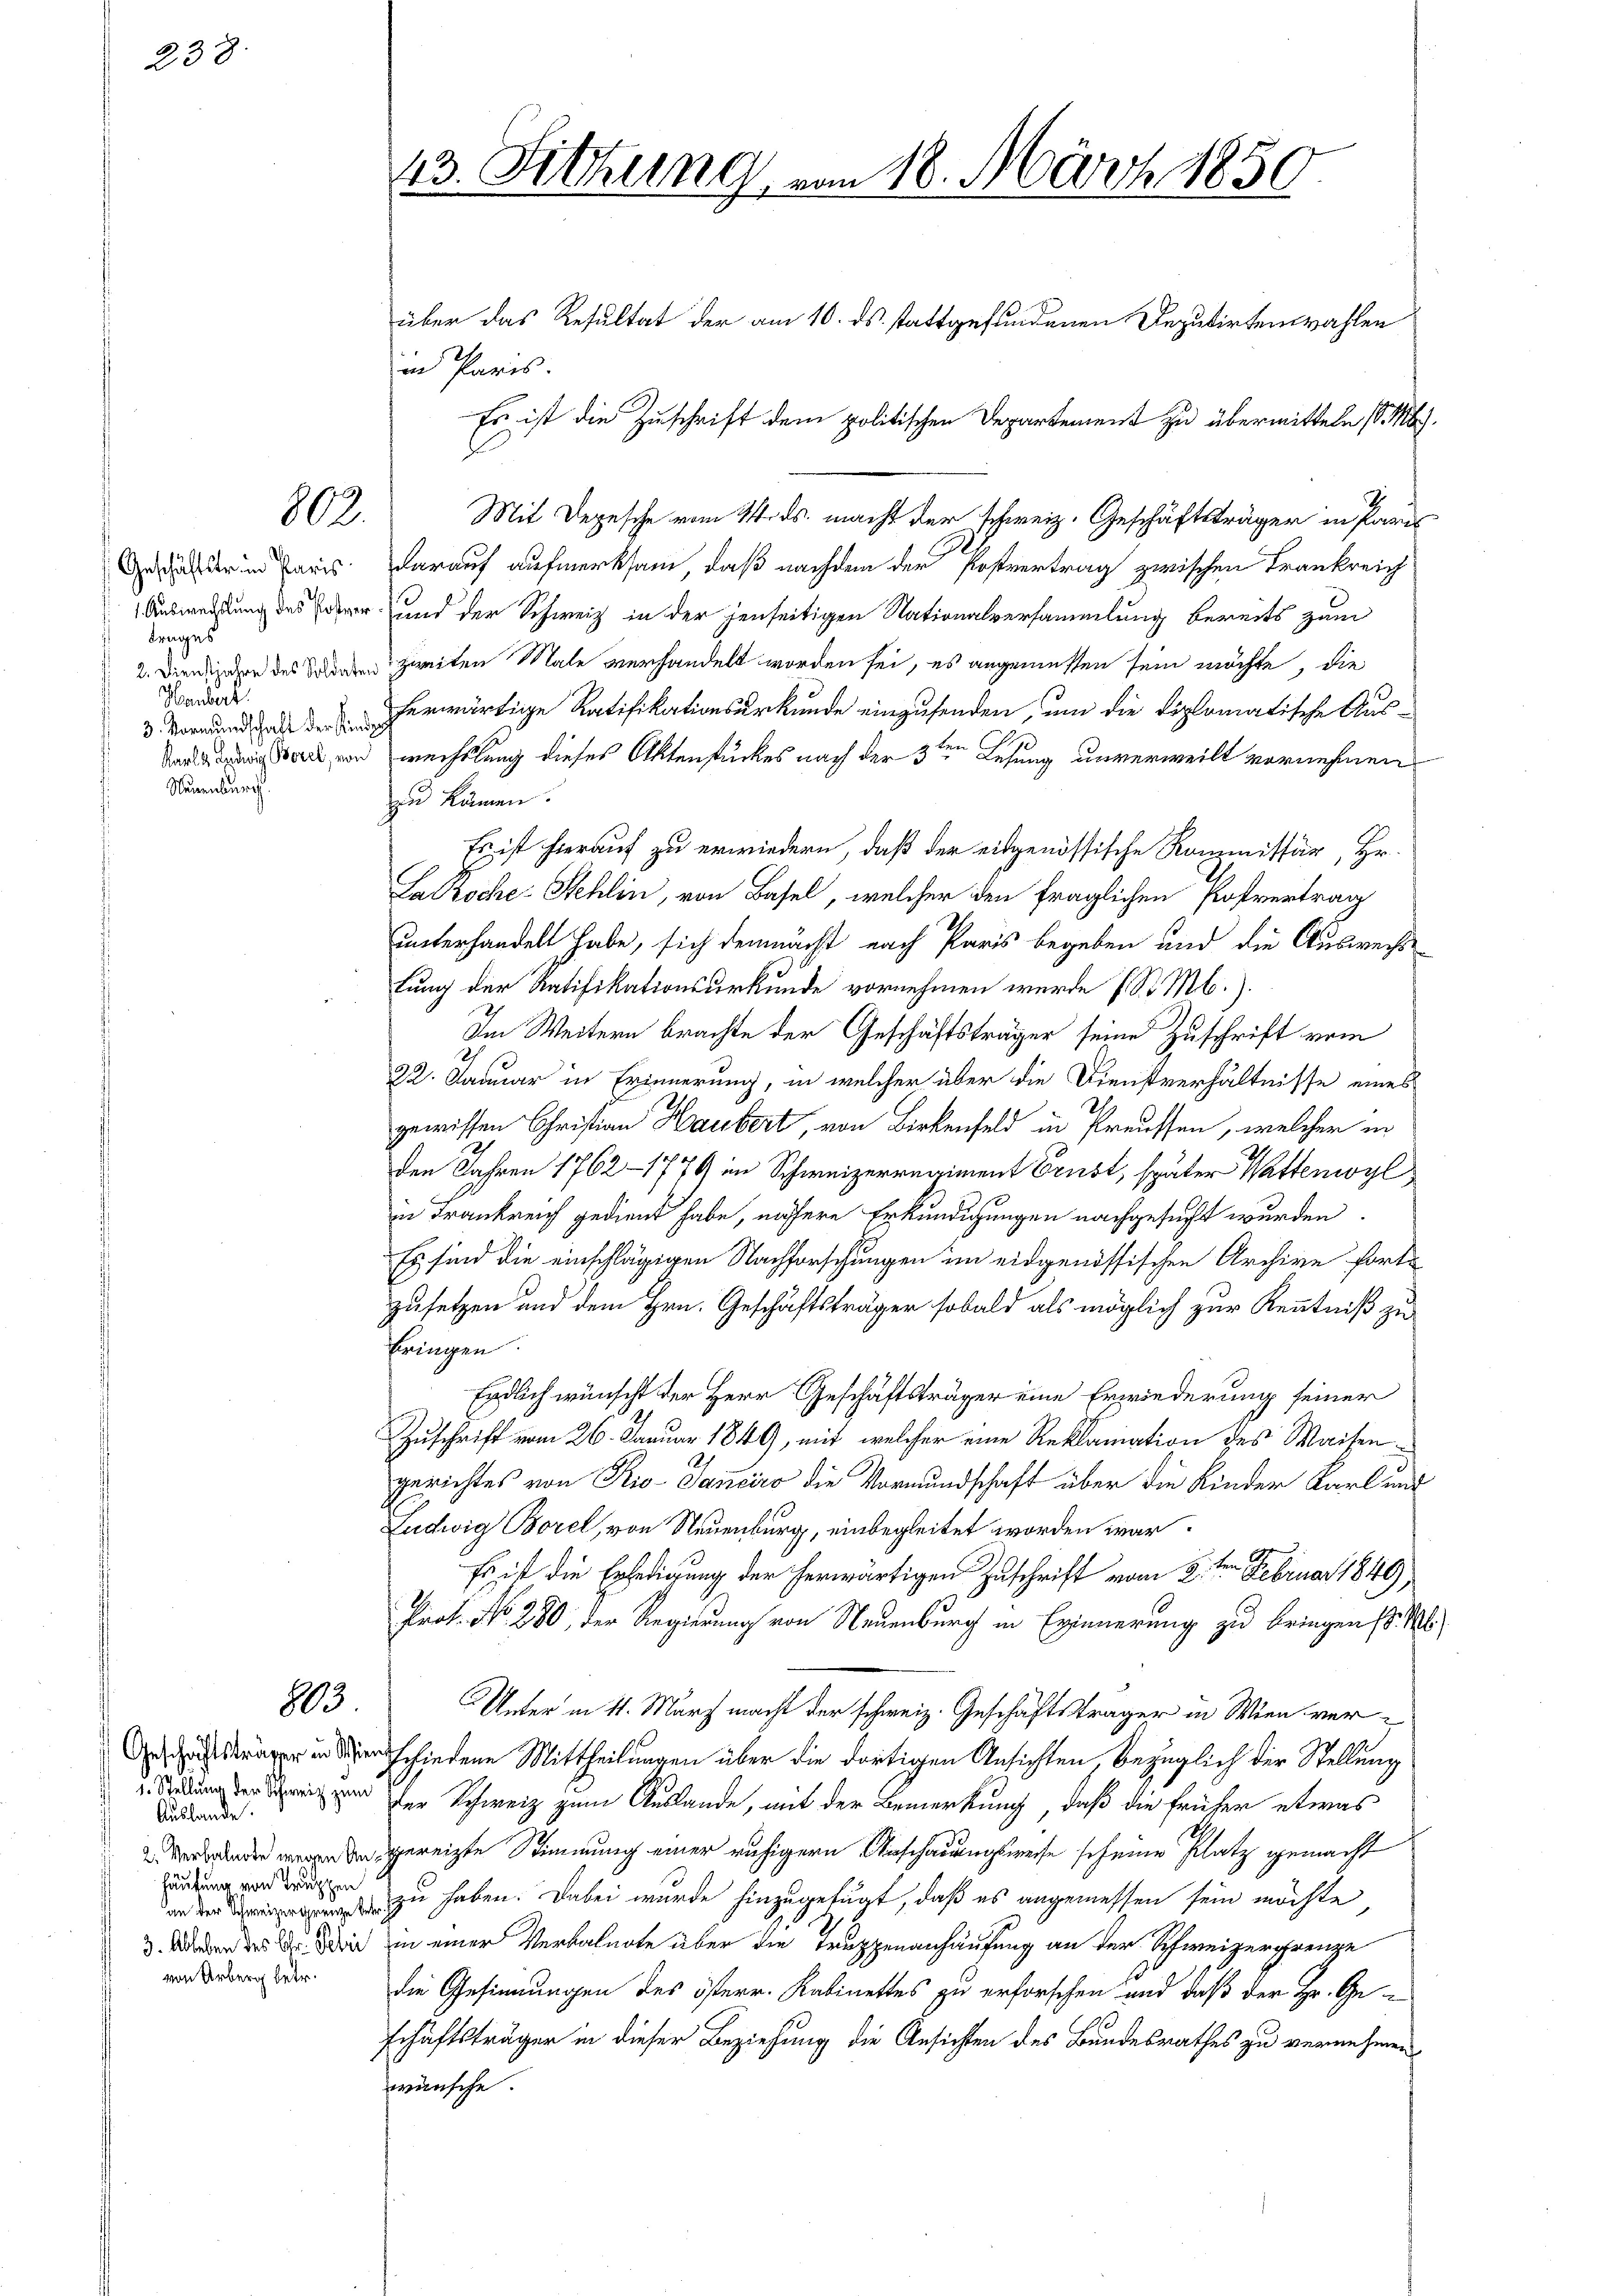
238.

Geschäftstrum Paris
Trages
Herbert.
3. Vormundschaft der Kinde
Neuenburg.

1. Stellung der Schweiz zum
d
Auslande.
häutung von Truppen
von Arberg betr.

803.

803.

43. Sitzung von 18. März 1850.

in Paris.
Es ist die Zuschrift dem politischen Departement zu übermitteln (S. M.
Mit Depesche vom 14. ds. macht der schweiz. Geschäftsträger in Paris
darauf aufmerksam, daß nachdem der Postvertrag zwischen Frankreich
Auswendung des er und der Schweiz in der jenseitigen Nationalversammlung bereits zum
2. Diens in der des Sanen zweiten Male verhandelt worden sei, es angemessen sein möchte, die
herwärtige Ratifikationsurkunde einzusenden, um die diplomatische Aus¬
Der von wechslung dieses Aktenstückes nach der 3ten Lesung unverweilt vornehmen
zu kämen.
Es ist hierauf zu erwiedern, daß der eidgenössische Kommissär, Hr.
Lalzoche Sehlin, von Basel, welcher den fraglichen Pofvertrag
unterhandelt habe, sich demnächst nach Paris begeben und die Auswechs
lung der Ratifikationsurkunde vornehmen wurde f. St. Mb.).
Im Weitern brachte der Geschäftsträger seine Zuschrift vom
22. Januar in Erinnerung, in welcher über die Dienstverhältnisse eines
gewissen Christian Haubert, von Birkenfeld in Preussen, welcher in
den Jahren 1762 – 1779 im Schweizerregiment Brust, später Wartemoyl
in Frankreich gedient habe, nähere Erkundigungen nachgesucht wurden.
Es sind die einschlägigen Nachforschungen im eidgenössischen Archive fortzusetzen und dem Hrn. Geschäftsträger sobald als möglich zur Kenntniß zu
bringen.
Endlich wünscht der Herr Geschäftsträger eine Erwiederung seiner
Zuschrift vom 26. Januar 1849, mit welcher eine Reklamation des Waisengerichtes von Rio-Janciro die Vormundschaft über die Kinder Karl und
Ludwig Borel, von Neuenburg, einbegleitet worden war.
Es ist die Erledigung der herwärtigen Zuschrift vom 2.ten Februar 1849
Prof. No. 280, der Regierung von Neuenburg in Erinnerung zu bringen d. M
Unter in 11. März macht der schweiz. Geschäftsträger in Wien ver¬
 entschiedene Mittheilungen über die dortigen Ansichten, bezüglich der Stellung
Der Schweiz zum Auslande, mit der Bemerkung, daß die früher etwas
de gereizte Stimmung einer ruhigern Anschauungsweise scheine Platz gemacht
 zu haben. Dabei wurde hinzugefügt, daß es angemessen sein möchte
3. Wer des 2. die in einer Verbalnote über die Truppenanhäufung an der Schweizergrenze
die Gesinnungen des österr. Kabinettes zu erforschen und daß der Hr. Geschäftsträger in dieser Beziehung die Ansichten des Bundesrathes zu vernehmen,
wünsche.

über das Resultat der am 10. ds. stattgefundenen Deputirtenwahlen